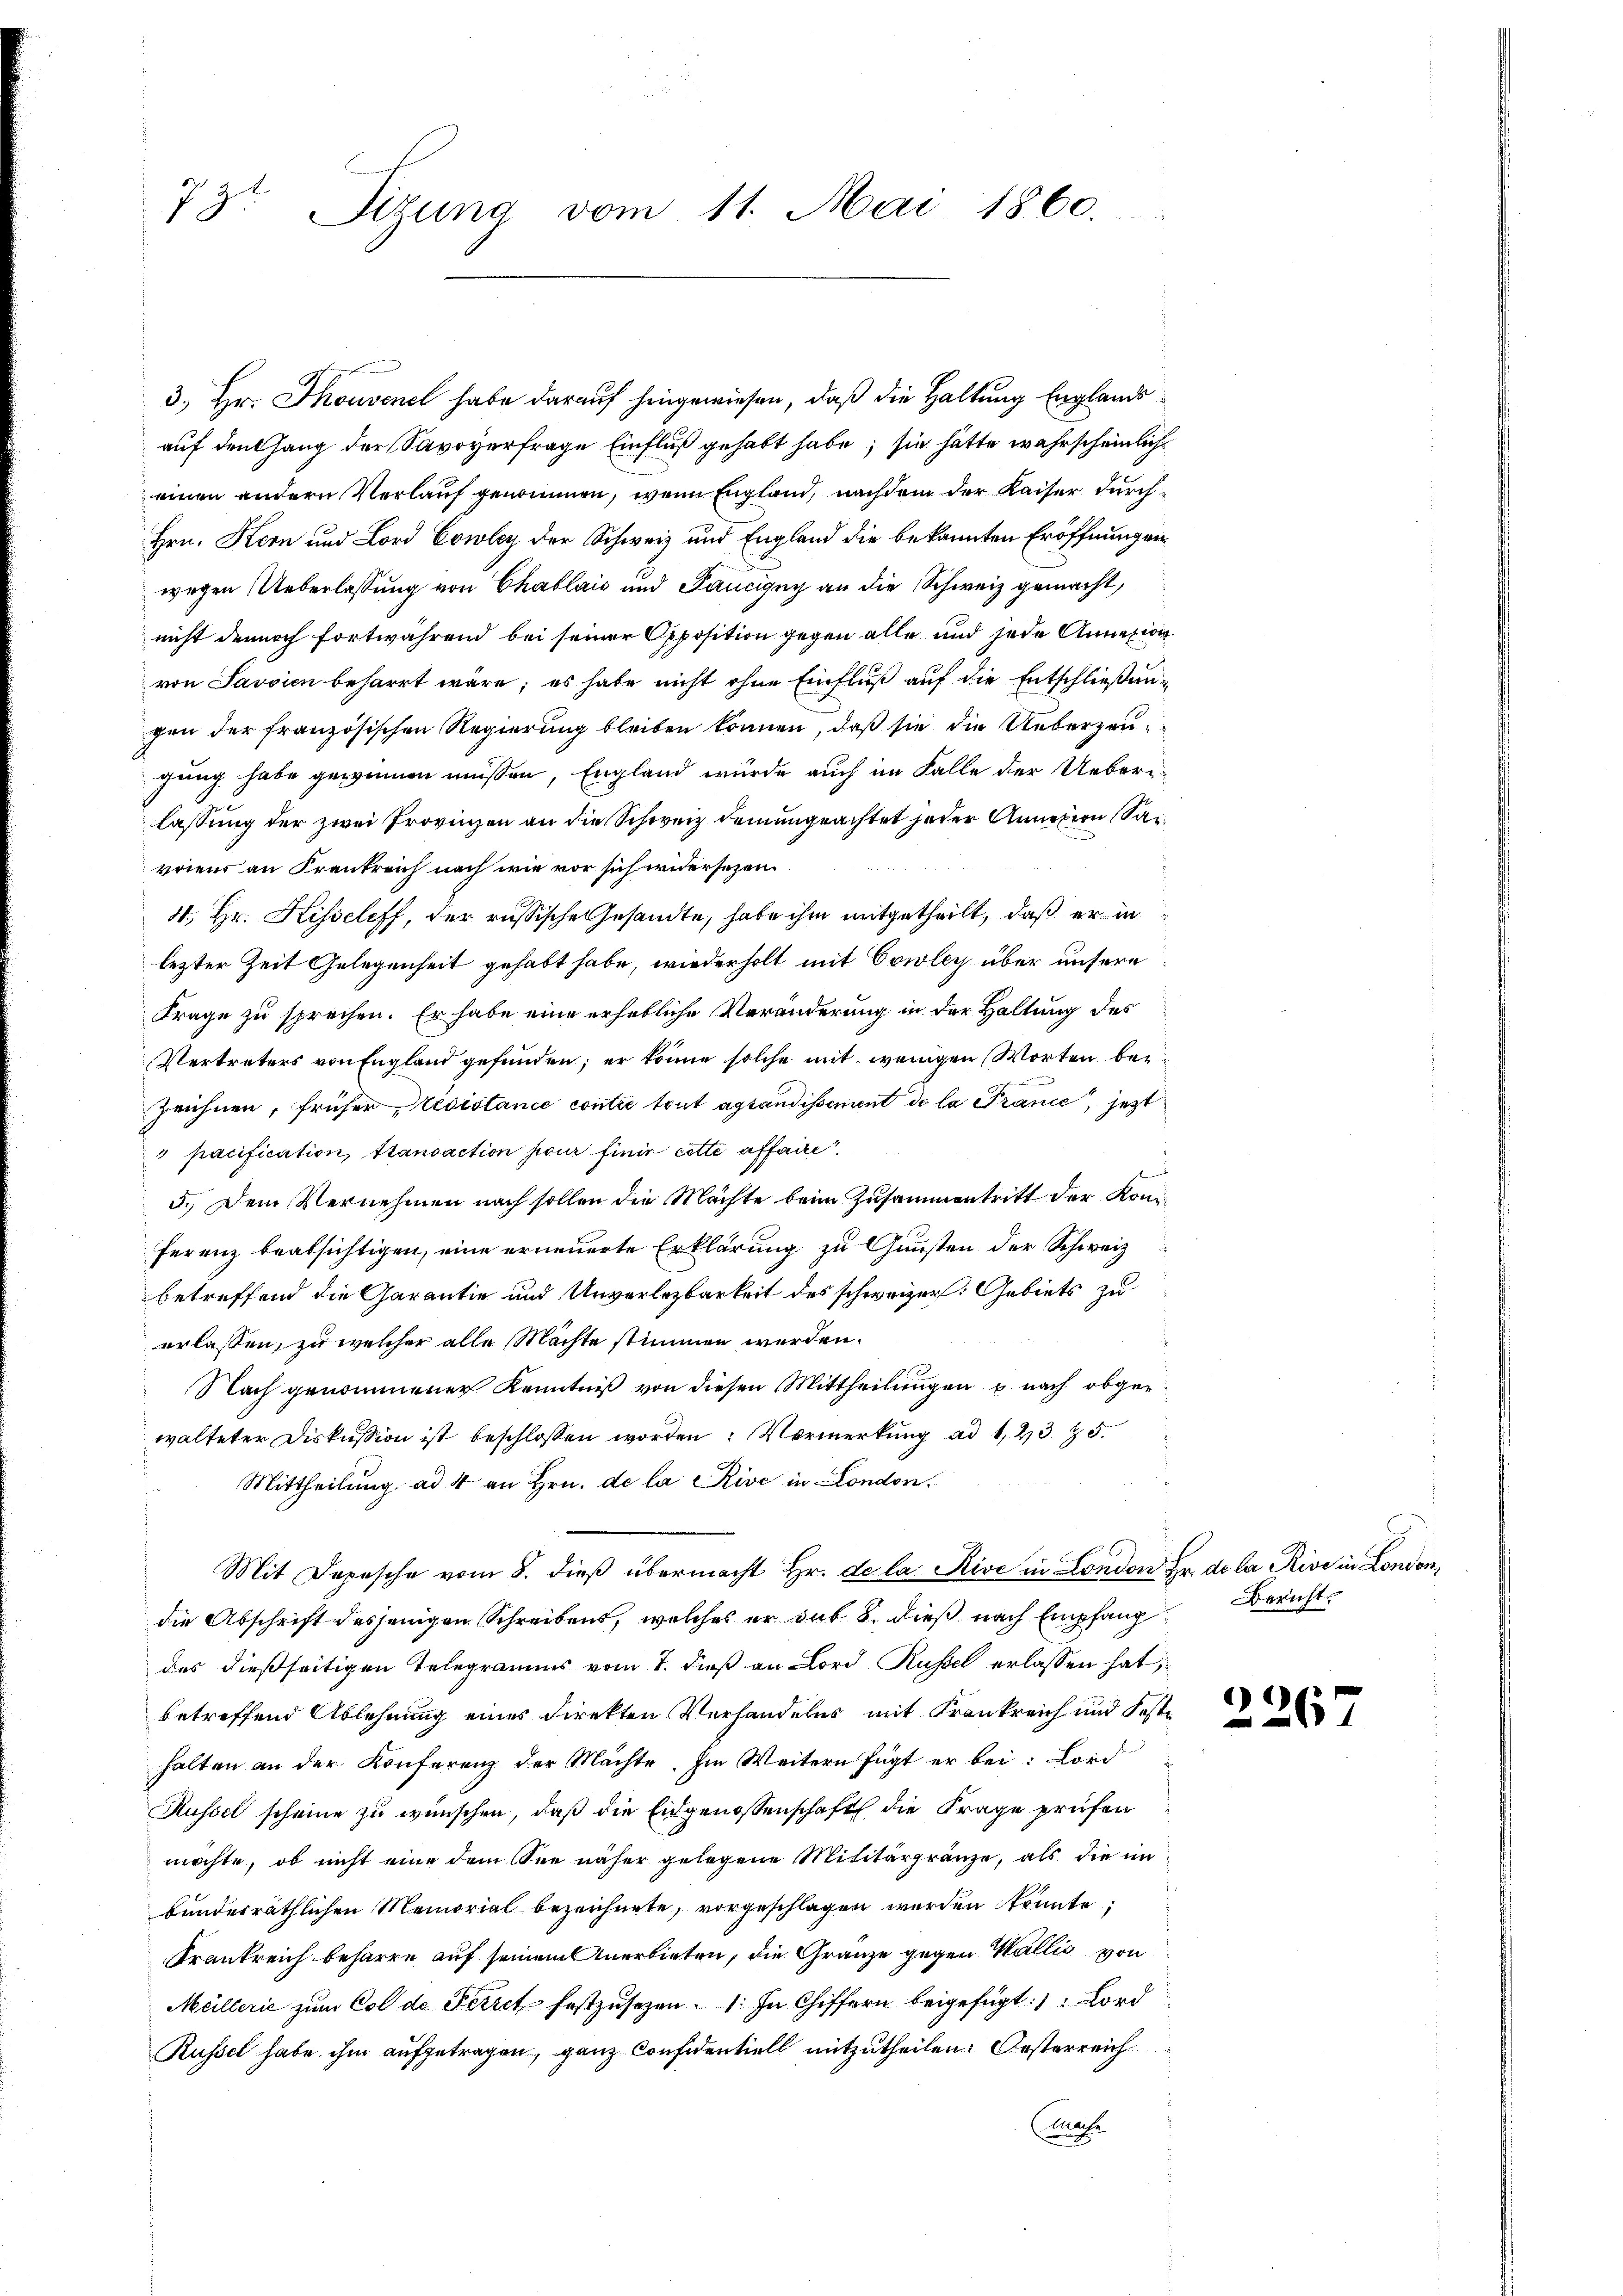
73t. Sizung vom 11. Mai 1860.

3.) Hr. Thousene habe darauf hingewiesen, daß die Haltung Englandsauf den hang der Savoyerfrage Einfluß gehabt habe; sie hätte wahrscheinlich
einen andern Verlauf genommen, wenn England, nachdem der Kaiser durch¬
Hrn. Kern und Lord Cowley der Schweiz und England die bekannten Eröffnungen
wegen Ueberlassung von Chablais und Pancigny an die Schweiz gemacht,
nicht dennoch fortwährend bei seiner Opposition gegen alle und jede Annexion
von Savoien beharrt wäre; es habe nicht ohne Einfluß auf die Entschließungen der französischen Regierung bleiben können, daß sie die Ueberzeugung habe gewinnen müssen, England würde auch im Falle der Ueber-
lassung der zwei Provinzen an die Schweiz dem ungeachtet jeder Anneren San
vriens an Frankreich nach wie vor sich widersezen.
4. Hr. Hiseleff, der russische Gesandte, habe ihm mitgetheilt, daß er in
lezter Zeit Gelegenheit gehabt habe, wiederholt mit Cowley über unsere
Frage zu sprechen. Er habe eine erhebliche Veränderung in der Haltung des
Vertreters von England gefunden; er könne solche mit wenigen Worten be¬
Zeichnen, früher Ledistance contre tout astandissement de la France, jetzt
" pacification, Stansaction pour finie cette affaire,
d
5.) Dem Vernehmen nach sollen die Machte beim Zusammentritt der Konferenz beabsichtigen, eine erneuerte Erklärung zu Gunsten der Schweiz
betreffend die Garantie und Unverlezbarkeit des schweizer. Gebiets zu
erlassen, zu welcher alle Mächte stimmen werden.
Nach genommener Kenntniß von diesen Mittheilungen u. nach obgewalteter Diskussion ist beschlossen worden: Vermerkung ad 1, 435.
Mittheilung ad 4 an Hrn. de la Rive in London.
Mit Depesche vom 8. dieβ übermacht hr. de la Rive in London Fr. de la Rive in London,
die Abschrift desjenigen Schreibens, welches er sub 8. dieß nach Empfang Bericht
des dießseitigen Telegramms vom 7. dieß an Lord Russel erlassen hat,
betreffend Ablehnung eines Direkten Verhandelns mit Frankreich und Festhalten an der Konferenz der Machte. Im Weitern fügt er bei: Lord
Küssel scheine zu wünschen, daß die Eidgenossenschaft die Frage prüfen
möchte, ob nicht eine dem See näher gelegene Militärgränze, als die im
bundesräthlichen Memorial bezeichnete, vorgeschlagen werden könnte,
Krankreich beharre auf seinem Anerbieten, die Gränze gegen Wallis von
Meillerić zum Col de Perret festzusetzen 1. In Chiffern beigefügt: Lord
Russel habe ihm aufgetragen, ganz Confidentiell mitzutheilen. Oesterreich
Case

)
26